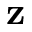
\mathbf { z }